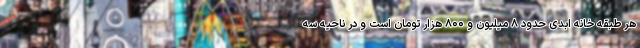
هر طبقه خانه ابدی حدود ۸ میلیون و ۸۰۰ هزار تومان است و در ناحیه سه